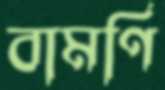
বামণি